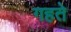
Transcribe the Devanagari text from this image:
गहते